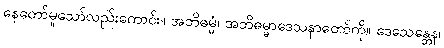
နေတော်မူသော်လည်းကောင်း။ အဘိဓမ္မံ၊ အဘိဓမ္မာဒေသနာတော်ကို။ ဒေသေန္တေန၊